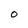
Character: O